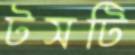
টসটি